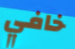
خافي